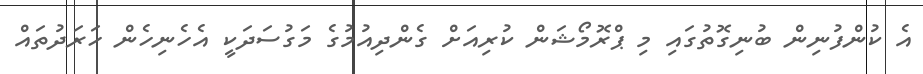
އެ ކުންފުނިން ބުނިގޮތުގައި މި ޕްރޮމޯޝަން ކުރިއަށް ގެންދިއުމުގެ މަގުސަަދަކީ އެހެނިހެން ހަރަދުތައް